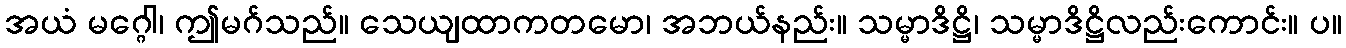
အယံ မဂ္ဂေါ၊ ဤမဂ်သည်။ သေယျထာကတမော၊ အဘယ်နည်း။ သမ္မာဒိဋ္ဌိ၊ သမ္မာဒိဋ္ဌိလည်းကောင်း။ ပ။